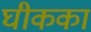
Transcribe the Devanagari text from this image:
घीकका